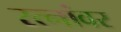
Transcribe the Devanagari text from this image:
रत्‍नांवर